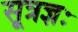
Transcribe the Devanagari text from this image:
सूत्रज्ञः